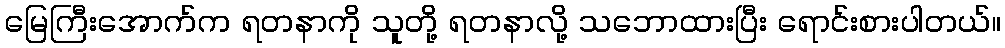
မြေကြီးအောက်က ရတနာကို သူတို့ ရတနာလို့ သဘောထားပြီး ရောင်းစားပါတယ်။